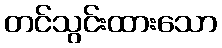
တင်သွင်းထားသော